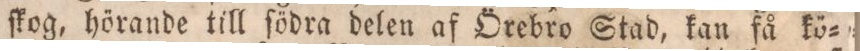
ſkog, hörande till ſödra delen af Örebro Stad, kan få kö=